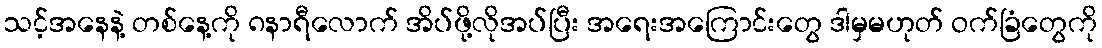
သင့်အနေနဲ့ တစ်နေ့ကို ၈နာရီလောက် အိပ်ဖို့လိုအပ်ပြီး အရေးအကြောင်းတွေ ဒါမှမဟုတ် ဝက်ခြံတွေကို